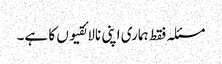
مسئلہ فقط ہماری اپنی نالائقیوں کا ہے۔